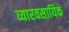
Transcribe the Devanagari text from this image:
व्यारवसायिक